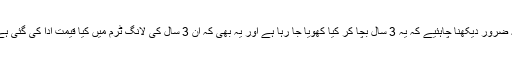
یہ ضرور دیکھنا چاہئیے کہ یہ 3 سال بچا کر کیا کھویا جا رہا ہے اور یہ بھی کہ ان 3 سال کی لانگ ٹرم میں کیا قیمت ادا کی گئی ہے۔